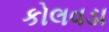
કોલવડા